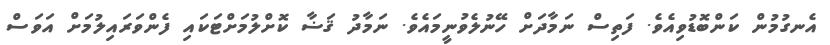
އެނގުމުން ކަންބޮޑުވިއެވެ. ފަތިސް ނަމާދަށް ހޭނުލެވުނީމައެވެ. ނަމާދު ޤަޟާ ކޮށްލުމަށްޓަކައި ފެންވަރައިލުމަށް އަވަސް